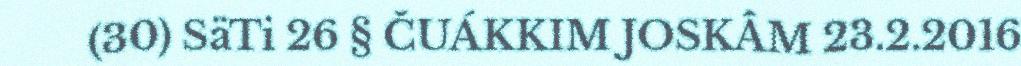
(30) SäTi 26 § ČUÁKKIM JOSKÂM 23.2.2016